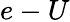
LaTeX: e-U